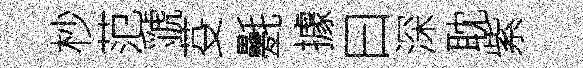
杪范虢芟氎據曰深耽紫